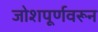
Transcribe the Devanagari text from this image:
जोशपूर्णवरून